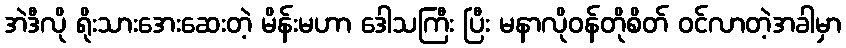
အဲဒီလို ရိုးသားအေးဆေးတဲ့ မိန်းမဟာ ဒေါသကြီး ပြီး မနာလိုဝန်တိုစိတ် ဝင်လာတဲ့အခါမှာ